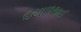
દયાળભાઈ